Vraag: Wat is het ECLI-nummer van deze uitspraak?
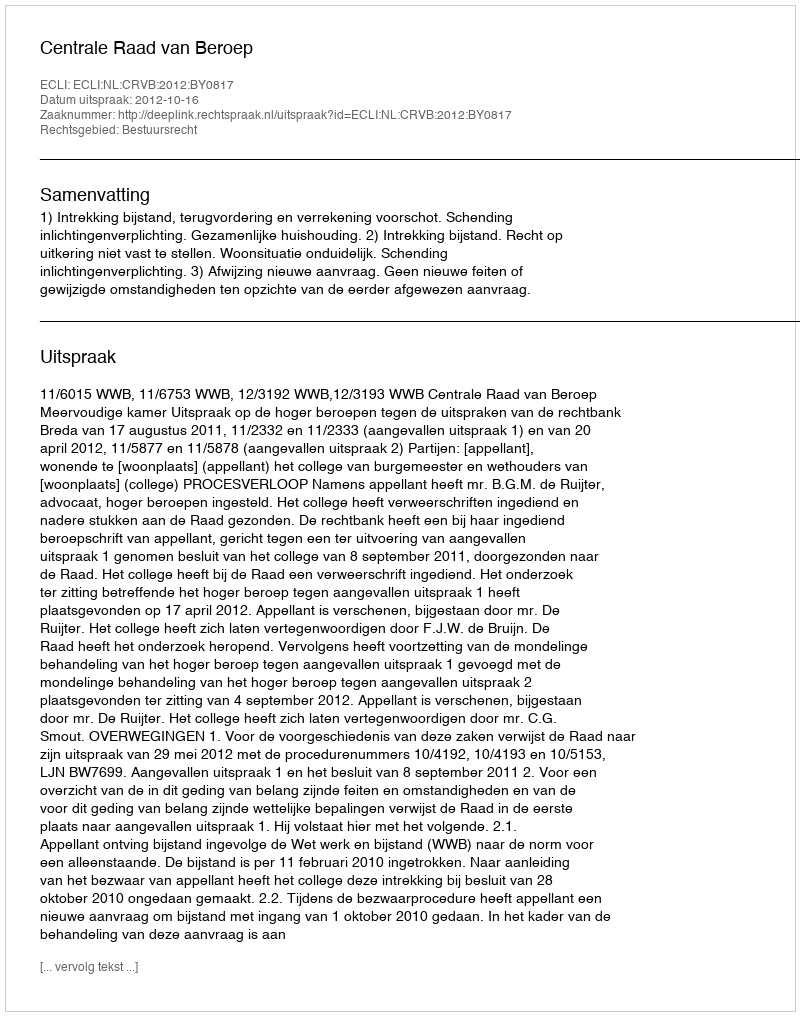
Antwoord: ECLI:NL:CRVB:2012:BY0817